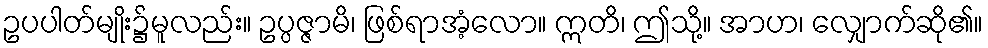
ဥပပါတ်မျိုး၌မူလည်း။ ဥပ္ပဇ္ဇာမိ၊ ဖြစ်ရာအံ့လော။ ဣတိ၊ ဤသို့။ အာဟ၊ လျှောက်ဆို၏။